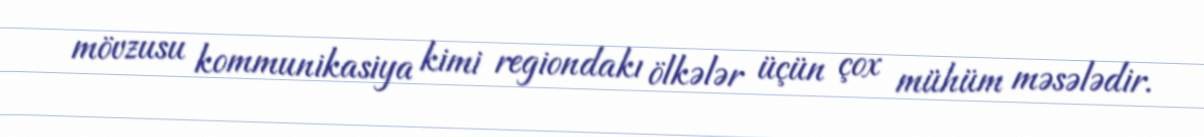
mövzusu kommunikasiya kimi regiondakı ölkələr üçün çox mühüm məsələdir.